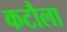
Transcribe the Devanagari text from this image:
कटौला